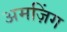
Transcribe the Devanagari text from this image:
अमज़िंग